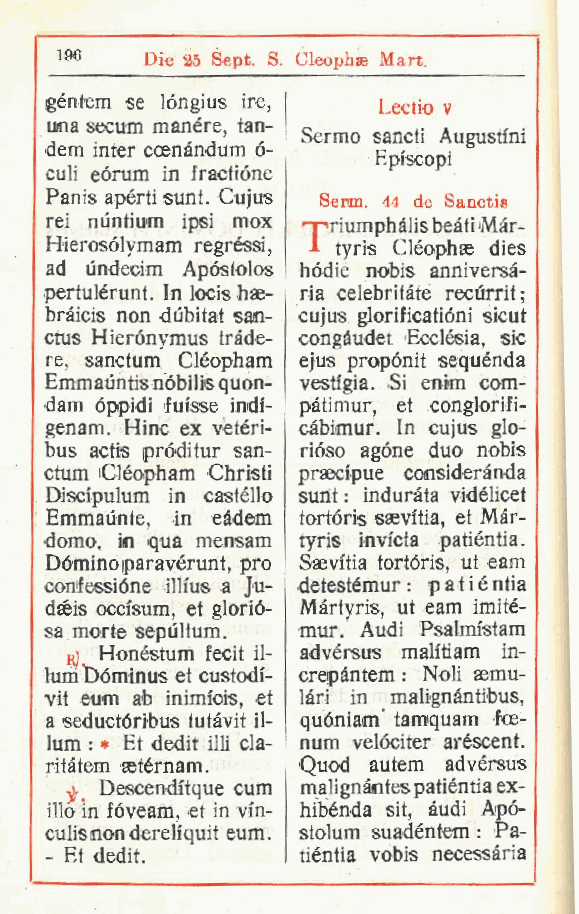
196   Die 25 Sept. S. Cleophae Mari
 ,
 géntem se lóngius ire, Lectio v
 una secum manére, tan-
 Sermo sancti Augustini
 dem inter ccenàndum o-
 Episcopi
 culi eórum in fractióne
 Panis apèrti sunt. Cujus Semi. 44 de Sanctis
 rei nùntiurn ipsi mox "-1p riumphàlis beati Màr-
 Hierosolymam regressi tyris Cléophae dies
 ,
 ad undecim Apóstolos hódie nobis anniversà-
 pertulérunt. In iocis hffi- ria celebritàte recurrit;
 bràicis non dùbitat san- cujus glorificatióni sicut
 ctus Hierónymus tràde- congàudet Ecclèsia, sic
 re, sanctum Cléopham ejus propónit sequènda
 Emmauntis nóbilis quon- vestigia. Si enim com-
 dam óppidi fui'sse indì- pàtimur, et conglorifi-
 genam. Hinc ex vetéri- càbimur. In cujus glo-
 bus actis pròdi tur san- rióso agóne duo nobis
 ctum Cléopham Christi prsecipue considerànda
 Disci'pulum in castèllo sunt : induràta vidélicet
 Emmaunte, in eàdem tortóris saevitia, et Màr-
 domo, in qua mensam tyris invicta patiéntia.
 Dóminoiparavérunt, prò Saevitia tortóris, ut eam
 confessióne illfus a Ju- detestèmur : p a t i é ntia
 dséis occisum et glorió- Màrtyris, ut eam imitè-
 ,
 sa morte sepùltum. mur. Audi Psalmistam
 rj Honéstum fecit il- advérsus malitiam in-
 luni Dóminus et custodi- crepàntem : Noli semu-
 vit eum ab inimiois, et làri in malignàntibus,
 a seductóribus tutàvit il- quóniam' tamquam foe-
 luni : * Et dedit illi cla- num velóciter arèscent.
 ritàtem aetérnam. Quod autem advérsus
 Descenditque cum malignàntes patiéntia ex-
 ilio in fóveam et in vi'n- hibènda sit, àudi Apó-
 ,
 culisnondereliquit eum. stolum suadèntem : Pa-
 Et dedit.       tiéntia vobis necessària
 -